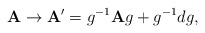
\begin{align*}{\bf A\rightarrow A}^{\prime }=g^{-1}{\bf A}g+g^{-1}dg, \end{align*}